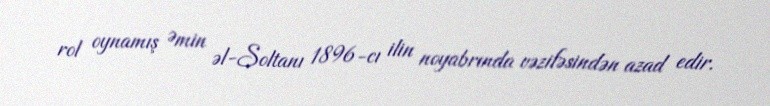
rol oynamış Əmin əl-Soltanı 1896-cı ilin noyabrında vəzifəsindən azad edir.